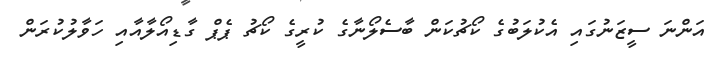
އަންނަ ސީޒަނުގައި އެކުލަބުގެ ކޯޗުކަން ބާސެލޯނާގެ ކުރީގެ ކޯޗު ޕެޕް ގާޑިއޯލާއާއި ހަވާލުކުރަން